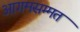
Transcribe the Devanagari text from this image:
आगमसम्मत